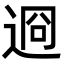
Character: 䢛